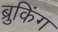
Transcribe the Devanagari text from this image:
ब्रुकिंग